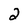
Character: 2